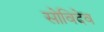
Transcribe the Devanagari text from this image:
सोविदेव